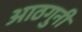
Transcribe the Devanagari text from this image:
आठगुनी